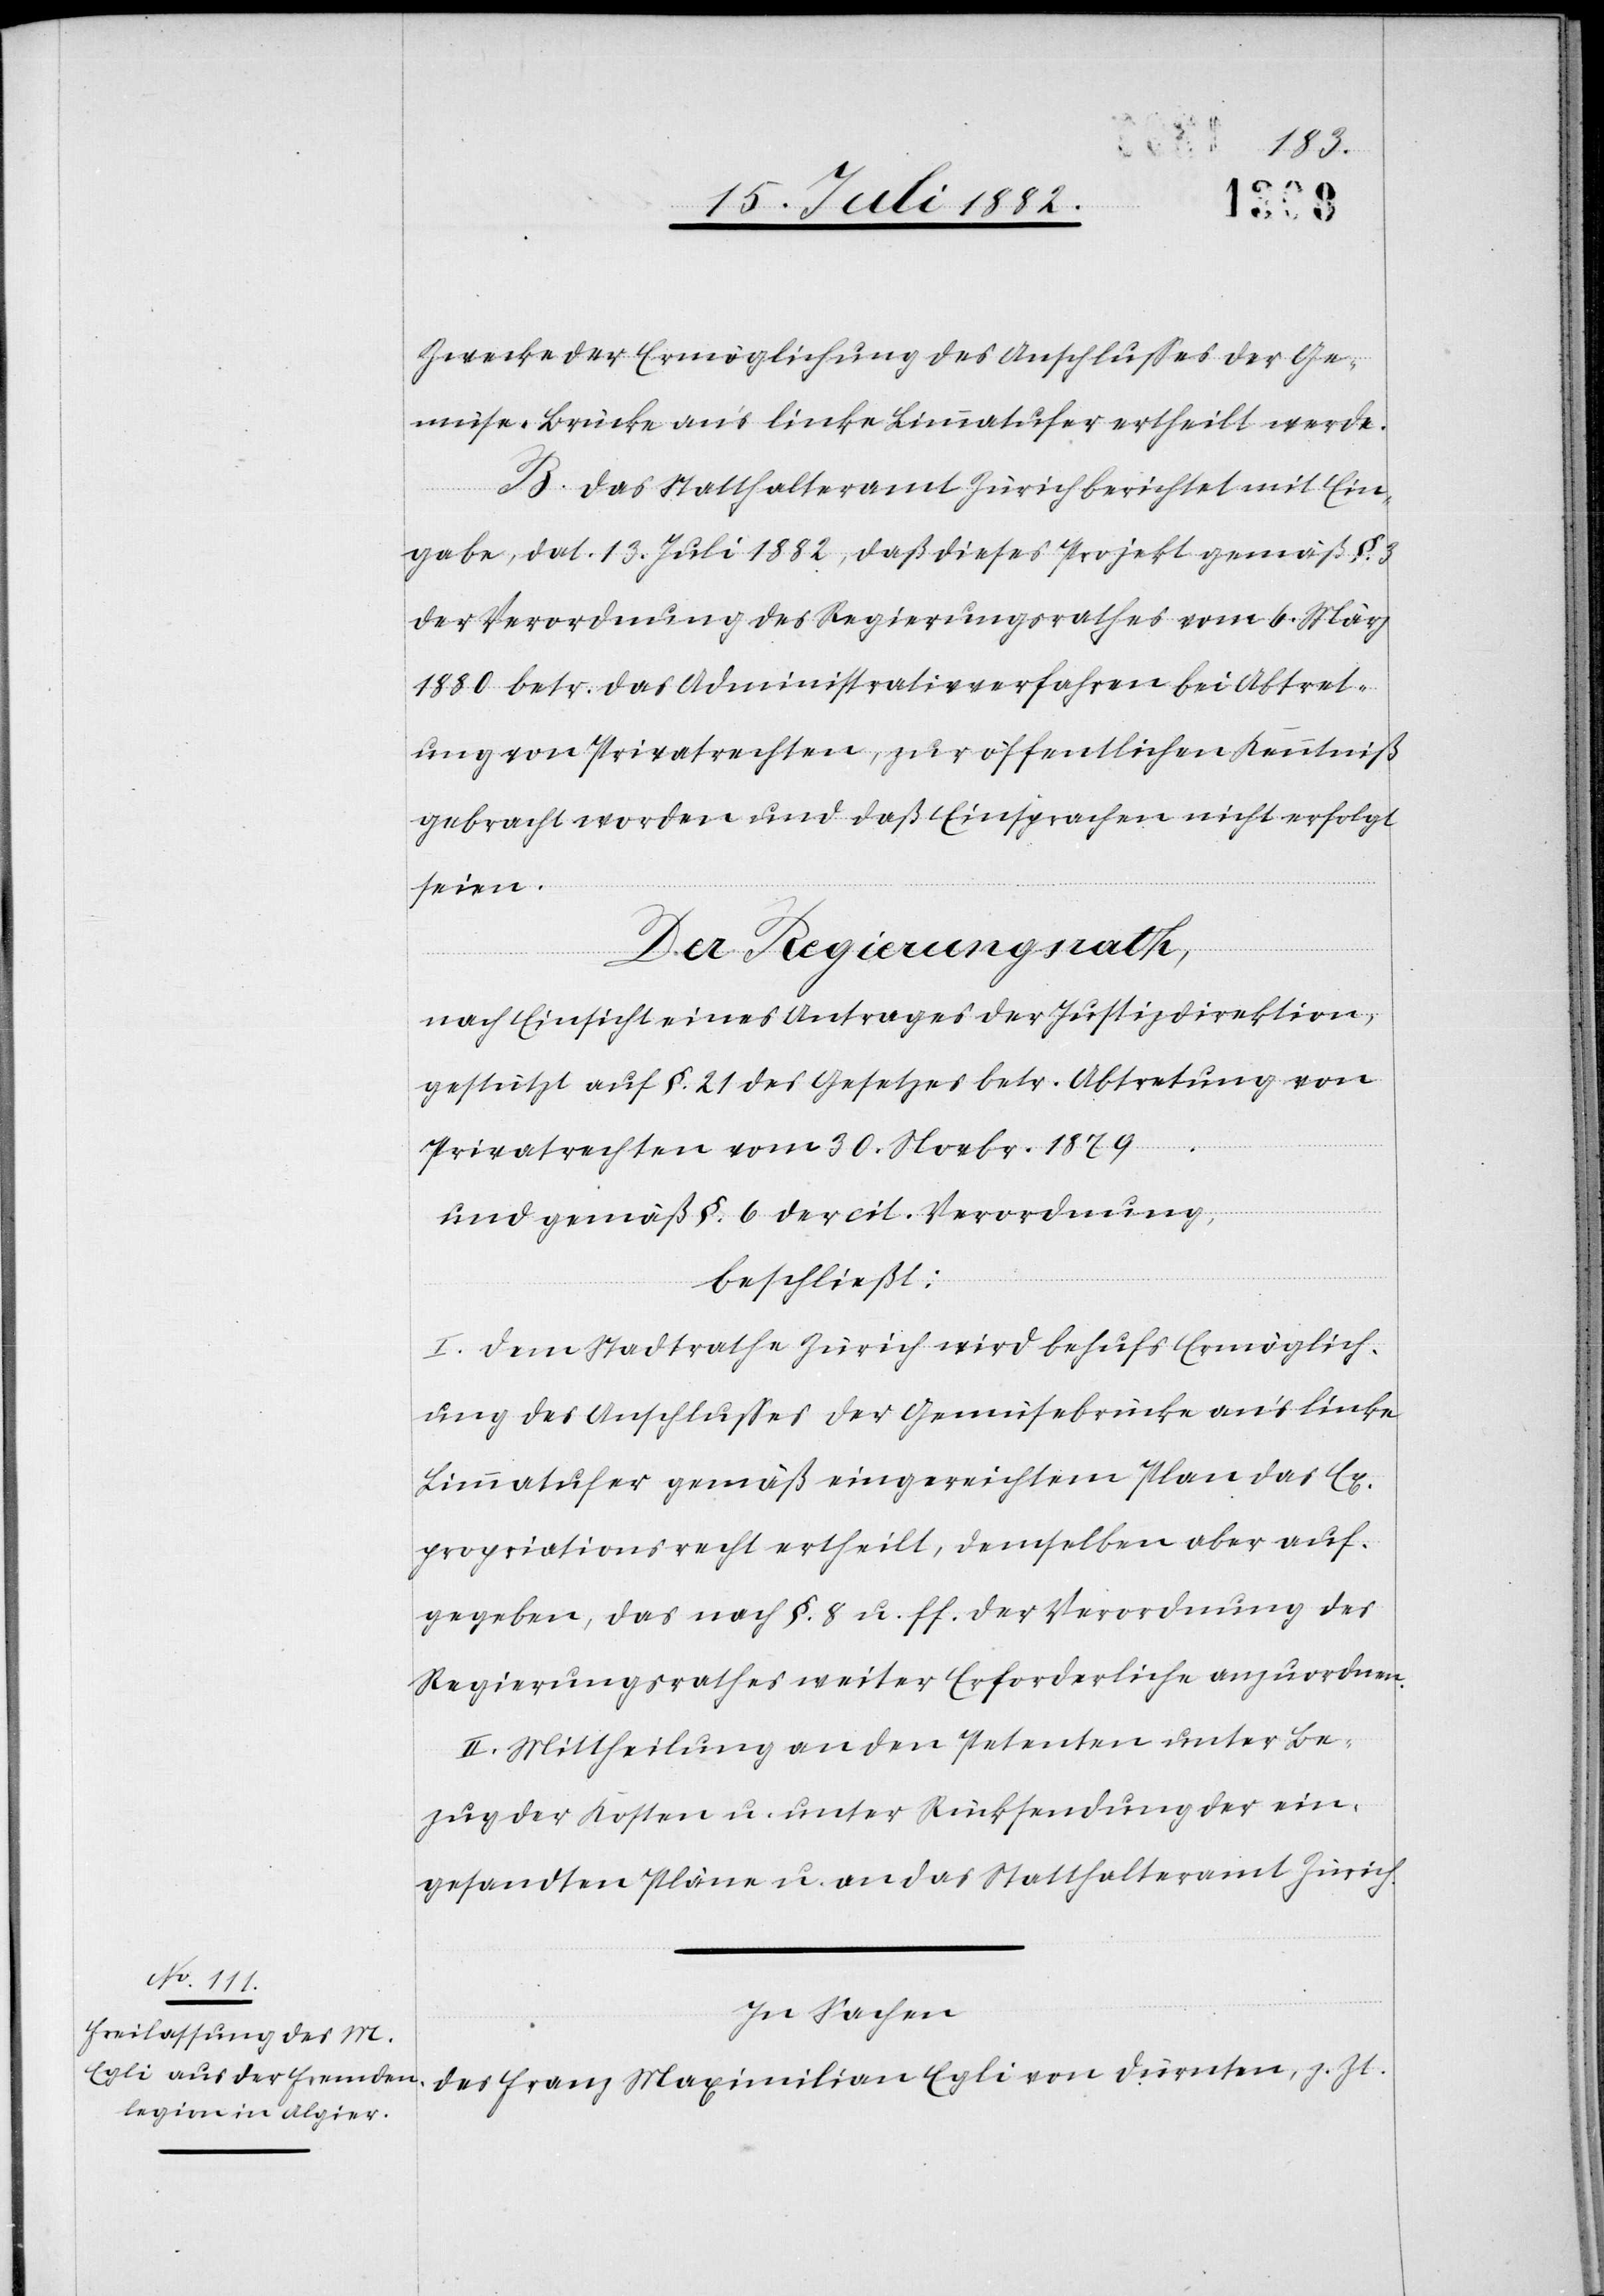
Zwecke der Ermöglichung des Anschlußes der Ge¬
müse-Brücke an’s linke Limmatufer ertheilt werde.
B. Das Statthalteramt Zürich berichtet mit Ein¬
gabe, dat. 13. Juli 1882, daß dieses Projekt gemäß §. 3
der Verordnung des Regierungsrathes vom 6. März
1880 betr. das Administrativverfahren bei Abtret¬
ung von Privatrechten, zur öffentlichen Kenntniß
gebracht worden und daß Einsprachen nicht erfolgt
seien.
Der Regierungsrath,
nach Einsicht eines Antrages der Justizdirektion,
gestützt auf §. 21 des Gesetzes betr. Abtretung von
Privatrechten vom 30. Novbr. 1879,
und gemäß §. 6 der cit. Verordnung,
beschließt:
I. Dem Stadtrathe Zürich wird behufs Ermöglich¬
ung des Anschlusses der Gemüsebrücke an’s linke
Limmatufer gemäß eingereichtem Plan das Ex¬
propriationsrecht ertheilt, demselben aber auf¬
gegeben, das nach §. 8 u. ff. der Verordnung des
Regierungsrathes weiter Erforderliche anzuordnen.
II. Mittheilung an den Petenten unter Be¬
zug der Kosten u. unter Rücksendung der ein¬
gesandten Pläne u. an das Statthalteramt Zürich.
In Sachen
des Franz Maximilian Egli von Dürnten, z. Zt.